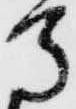
馬